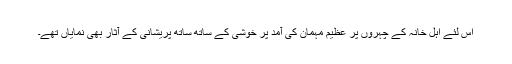
اس لئے اہل خانہ کے چہروں پر عظیم مہمان کی آمد پر خوشی کے ساتھ ساتھ پریشانی کے آثار بھی نمایاں تھے۔